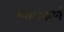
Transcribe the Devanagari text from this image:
श्यामकर्ण